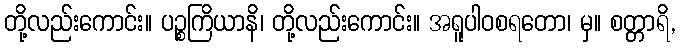
တို့လည်းကောင်း။ ပဉ္စကြိယာနိ၊ တို့လည်းကောင်း။ အရူပါဝစရတော၊ မှ။ စတ္တာရိ,